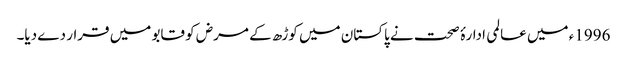
1996ء میں عالمی ادارۂ صحت نے پاکستان میں کوڑھ کے مرض کو قابو میں قرار دے دیا۔